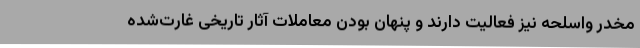
مخدر واسلحه نیز فعالیت دارند و پنهان بودن معاملات آثار تاریخی غارت‌شده